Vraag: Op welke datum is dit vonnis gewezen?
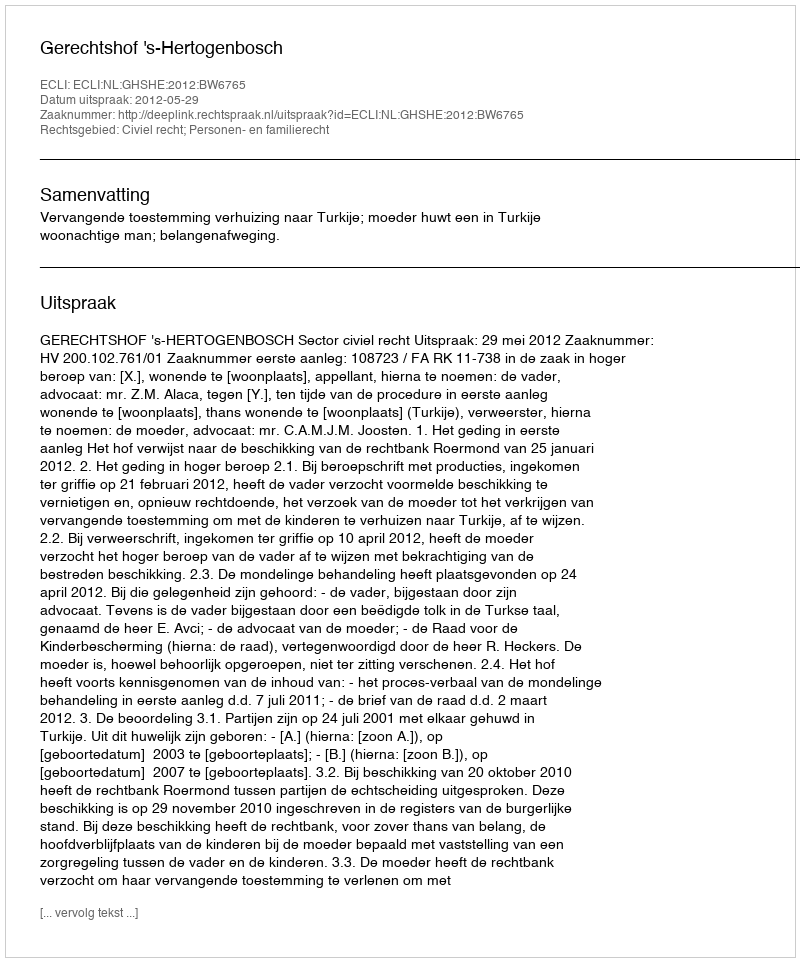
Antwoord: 2012-05-29